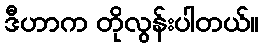
ဒီဟာက တိုလွန်းပါတယ်။